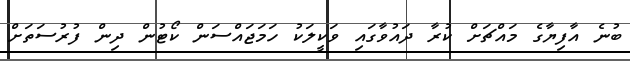
ބުނެ އާފިޔާގެ މައްޗަށް ކުރާ ދައުވާގައި ވަކީލަކު ހަމަޖައްސަން ކޯޓުން ދިން ފުރުސަތަށް